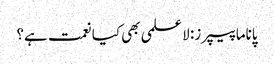
پاناما پیپرز: لا علمی بھی کیا نعمت ہے؟